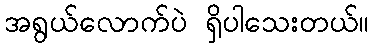
အရွယ်လောက်ပဲ ရှိပါသေးတယ်။